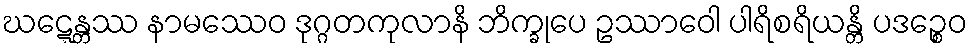
ဃဋ္ဋေန္တဿ နာမဿေဝ ဒုဂ္ဂတကုလာနိ ဘိက္ခုပေ ဥဿာဝေါ ပါရိစရိယန္တိ ပဒဉ္စေဝ